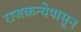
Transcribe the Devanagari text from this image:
राजकन्येपासून